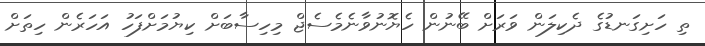
ތި ހަށިގަނޑުގެ ދެކިލަން ވަރަށް ބޭނުން ހެޔޮނުވާނެމެސެޖް މިހިސާބަށް ކިޔުމަށްފަހު އަހަރެން ހިތަށް